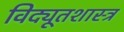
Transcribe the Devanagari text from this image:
विद्यूतशास्त्र